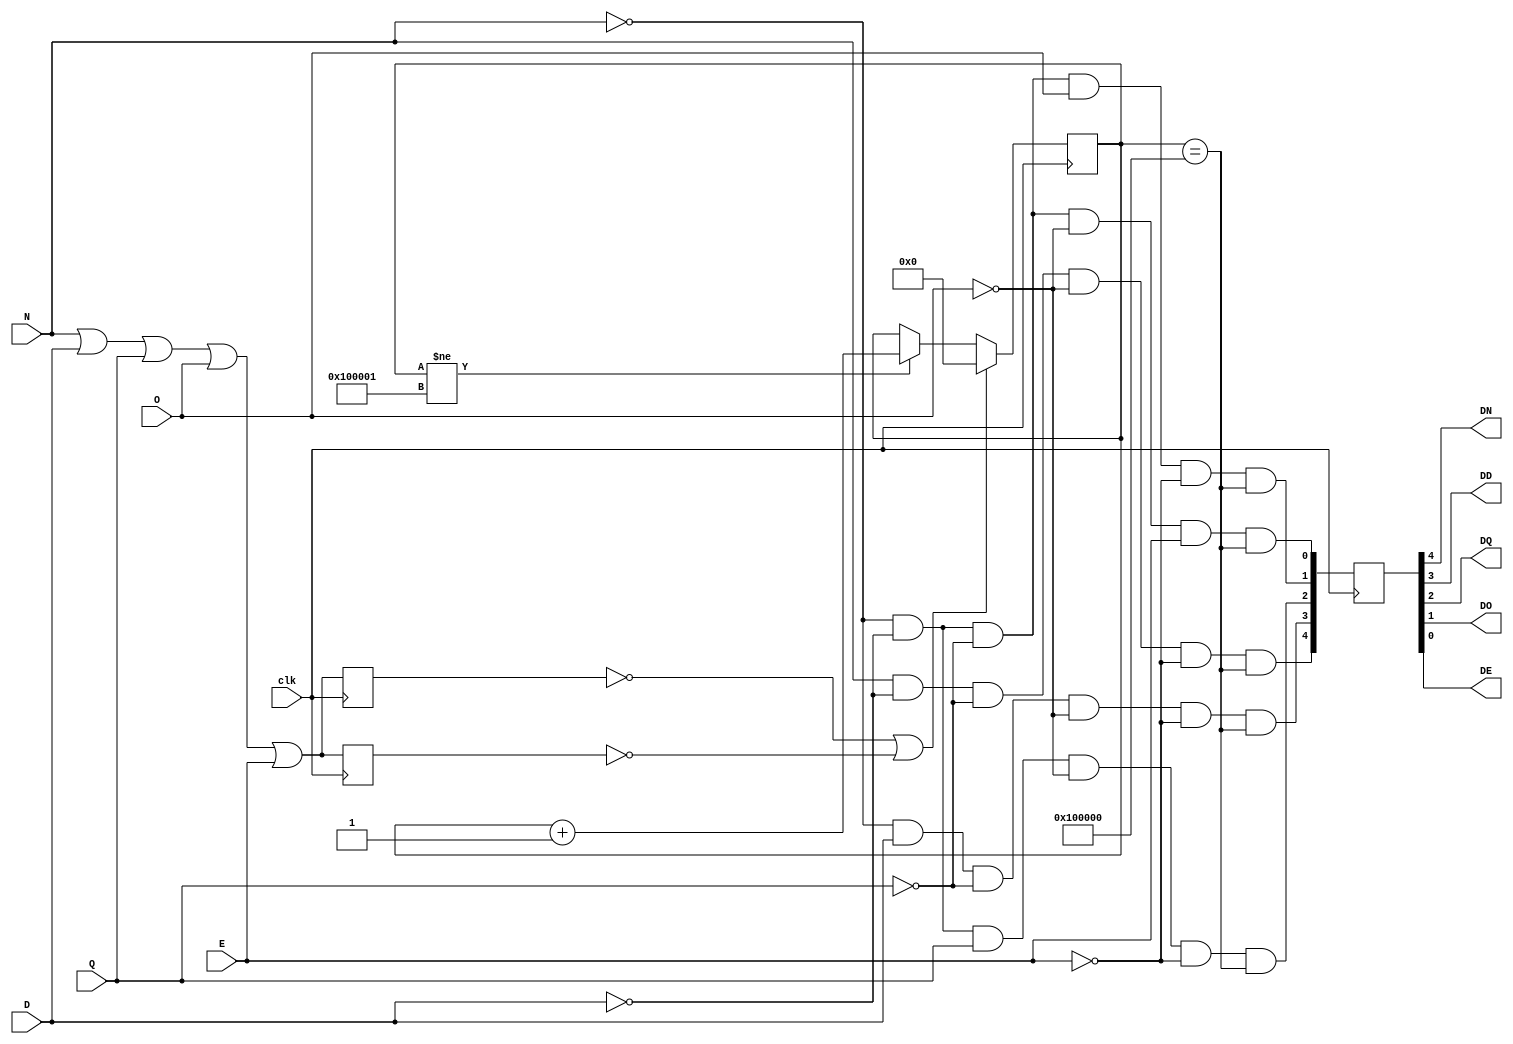
module debounce_input (	input clk, 
								input N,
								input D, 
								input Q,
								input O, 
								input E,
								output DN,
								output DD, 
								output DQ,
								output DO,
								output DE
							 );
							 
					
	reg pe_ff, ne_ff;
	reg [20:0] T;
	reg [4:0] b;
	
	initial pe_ff = 1'b0;
	initial ne_ff = 1'b0;
	initial T = 21'd0;
	initial b = 5'd0;
	
	// We sample the inputs every half clock cycle, so two always blocks are needed
	always @ (posedge clk)
	begin
		pe_ff <= N | D | Q | O | E;
	end
	
	always @ (negedge clk)
	begin
		ne_ff <= N | D | Q | O | E;
	end
	//
	
	// T counter 
	always @ (negedge clk)
	begin
		if (~pe_ff | ~ne_ff) // check for a fluctuation
			T <= 21'd0; // T reset
		else if (T != 1048577) 
			T <= T + 21'd1;
			
		b[4] <= (N & ~D & ~Q & ~O & ~E & (T == 1048576));
		b[3] <= (~N & D & ~Q & ~O & ~E & (T == 1048576));
		b[2] <= (~N & ~D & Q & ~O & ~E & (T == 1048576));
		b[1] <= (~N & ~D & ~Q & O & ~E & (T == 1048576));
		b[0] <= (~N & ~D & ~Q & ~O & E & (T == 1048576)); 
	end
	
	assign DN = b[4];
	assign DD = b[3];
	assign DQ = b[2];
	assign DO = b[1];
	assign DE = b[0];
	
endmodule